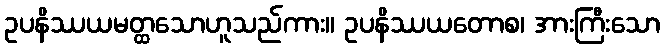
ဥပနိဿယမတ္ထသောဟူသည်ကား။ ဥပနိဿယတောစ၊ အားကြီးသော